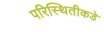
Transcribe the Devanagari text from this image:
परिस्थितीकडे